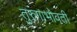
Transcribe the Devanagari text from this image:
तुरुंगाभोवती